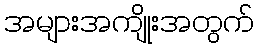
အများအကျိုးအတွက်